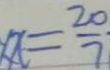
x = \frac { 2 0 } { 7 }